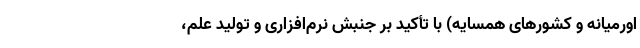
اورمیانه و کشورهای همسایه) با تأکید بر جنبش نرم‌افزاری و تولید علم،